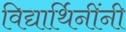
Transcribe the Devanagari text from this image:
विद्यार्थिनींनी